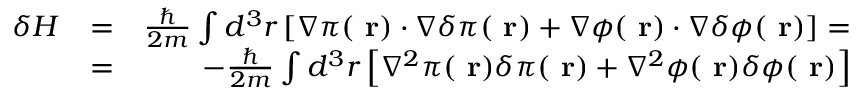
\begin{array} { r l r } { \delta H } & { = } & { \frac { \hbar } { 2 m } \int d ^ { 3 } r \left[ \nabla \pi ( \mathrm { \bf ~ r } ) \cdot \nabla \delta \pi ( \mathrm { \bf ~ r } ) + \nabla \phi ( \mathrm { \bf ~ r } ) \cdot \nabla \delta \phi ( \mathrm { \bf ~ r } ) \right] = } \\ & { = } & { - \frac { \hbar } { 2 m } \int d ^ { 3 } r \left[ \nabla ^ { 2 } \pi ( \mathrm { \bf ~ r } ) \delta \pi ( \mathrm { \bf ~ r } ) + \nabla ^ { 2 } \phi ( \mathrm { \bf ~ r } ) \delta \phi ( \mathrm { \bf ~ r } ) \right] } \end{array}